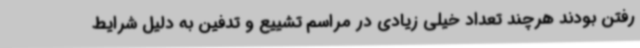
رفتن بودند هرچند تعداد خیلی زیادی در مراسم تشییع و تدفین به دلیل شرایط